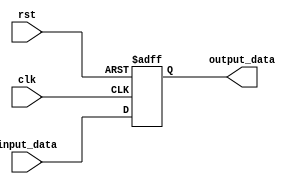
module Bypass_Register (
    input [3:0] input_data, // 4 input paths
    input clk, // clock signal for synchronization
    input rst, // reset signal
    output reg [3:0] output_data // output data path
);

reg [3:0] register_data;

always @(posedge clk or posedge rst) begin
    if (rst) begin
        register_data <= 4'b0; // reset the register data
    end else begin
        register_data <= input_data;
    end
end

assign output_data = register_data;

endmodule